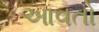
આવતો